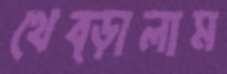
থেব্‌ড়ালাম